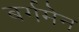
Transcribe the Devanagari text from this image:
बर्गमेन